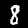
Label: 8